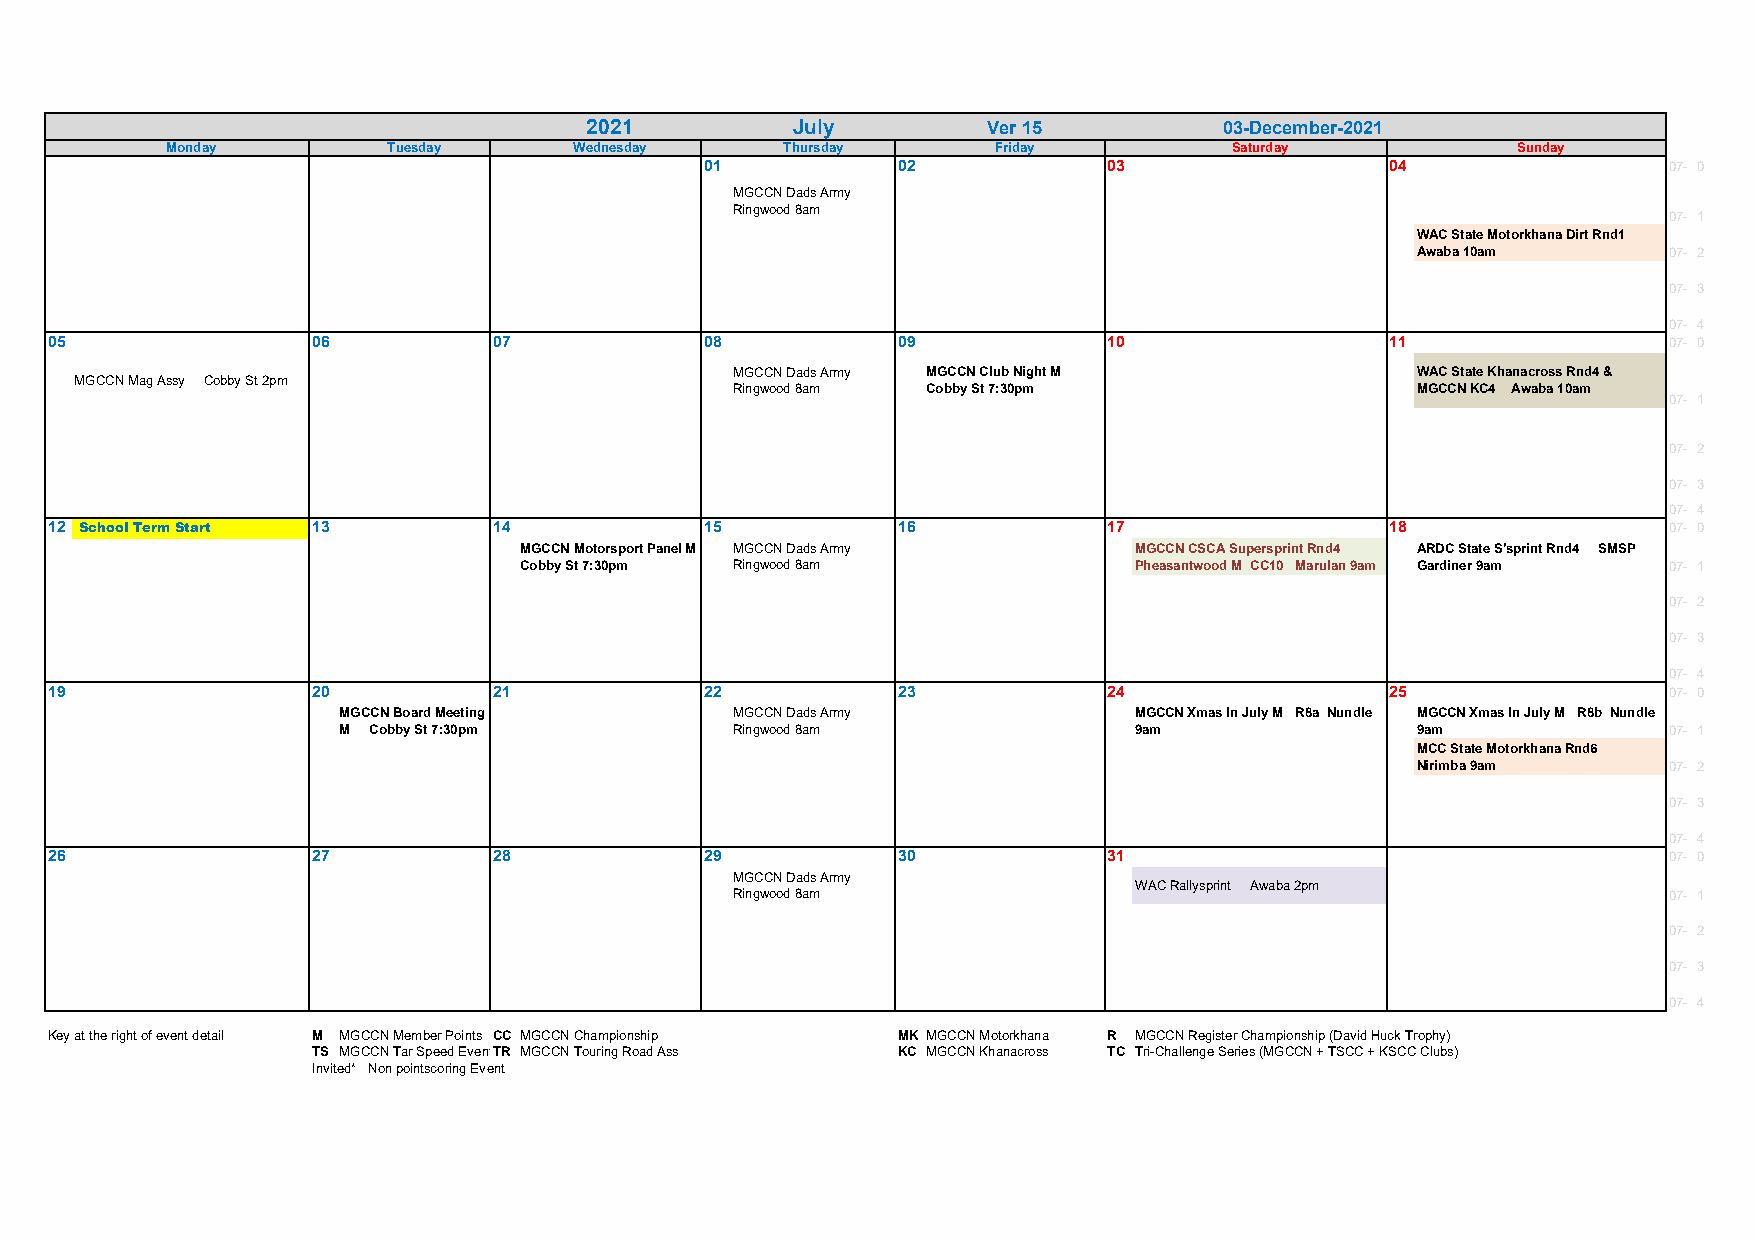
2021         July         Ver 15          03-December-2021
 Monday         Tuesday     Wednesday     Thursday      Friday          Saturday          Sunday
 01          02            03                 04                07- 0
 MGCCN Dads Army
 Ringwood 8am
 07- 1
 WAC State Motorkhana Dirt Rnd1
 Awaba 10am      07- 2
 07- 3
 07- 4
 05                06          07            08          09            10                 11                07- 0
 MGCCN Dads Army MGCCN Club Night M            WAC State Khanacross Rnd4 &
 MGCCN Mag Assy Cobby St 2pm
 Ringwood 8am Cobby St 7:30pm                  MGCCN KC4 Awaba 10am
 07- 1
 07- 2
 07- 3
 07- 4
 12 School Term Start 13       14            15          16            17                 18                07- 0
 MGCCN Motorsport Panel M MGCCN Dads Army MGCCN CSCA Supersprint Rnd4 ARDC State S'sprint Rnd4 SMSP
 Cobby St 7:30pm Ringwood 8am             Pheasantwood M CC10 Marulan 9am Gardiner 9am 07- 1
 07- 2
 07- 3
 07- 4
 19                20          21            22          23            24                 25                07- 0
 MGCCN Board Meeting       MGCCN Dads Army            MGCCN Xmas In July M R8a Nundle MGCCN Xmas In July M R8b Nundle
 M Cobby St 7:30pm         Ringwood 8am               9am                9am             07- 1
 MCC State Motorkhana Rnd6
 Nirimba 9am     07- 2
 07- 3
 07- 4
 26                27          28            29          30            31                                   07- 0
 MGCCN Dads Army
 WAC Rallysprint Awaba 2pm
 Ringwood 8am                                                  07- 1
 07- 2
 07- 3
 07- 4
 Key at the right of event detail M MGCCN Member Points CC MGCCN Championship MK MGCCN Motorkhana R MGCCN Register Championship (David Huck Trophy)
 TS MGCCN Tar Speed EventTR MGCCN Touring Road Ass KC MGCCN Khanacross TC Tri-Challenge Series (MGCCN + TSCC + KSCC Clubs)
 Invited* Non pointscoring Event